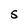
Character: S